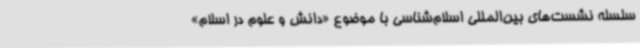
سلسله نشست‌های بین‌المللی اسلام‌شناسی با موضوع «دانش و علوم در اسلام»